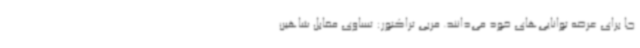
جا برای عرضه توانایی‌های خود می‌دانند. مربی تراکتور: تساوی مقابل شاهین